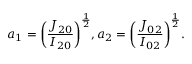
{ a _ { 1 } } = { \left( { \frac { { { J _ { 2 0 } } } } { { { I _ { 2 0 } } } } } \right) ^ { \frac { 1 } { 2 } } } , { a _ { 2 } } = { \left( { \frac { { { J _ { 0 2 } } } } { { { I _ { 0 2 } } } } } \right) ^ { \frac { 1 } { 2 } } } .